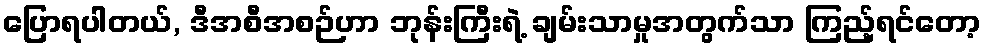
ပြောရပါတယ်, ဒီအစီအစဉ်ဟာ ဘုန်းကြီးရဲ့ ချမ်းသာမှုအတွက်သာ ကြည့်ရင်တော့